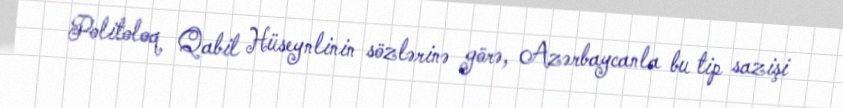
Politoloq Qabil Hüseynlinin sözlərinə görə, Azərbaycanla bu tip sazişi